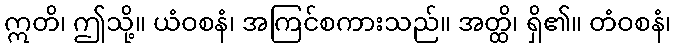
ဣတိ၊ ဤသို့။ ယံဝစနံ၊ အကြင်စကားသည်။ အတ္ထိ၊ ရှိ၏။ တံဝစနံ၊